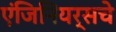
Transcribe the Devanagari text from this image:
एंजिनियर्सचे